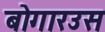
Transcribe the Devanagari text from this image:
बोगारउस